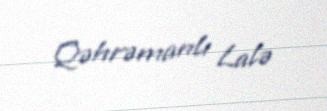
Qəhrəmanlı Lalə